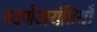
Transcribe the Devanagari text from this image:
स्वर्णजयंतियाँ